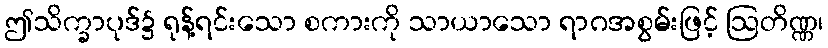
ဤသိက္ခာပုဒ်၌ ရုန့်ရင်းသော စကားကို သာယာသော ရာဂအစွမ်းဖြင့် ဩတိဏ္ဏ၊